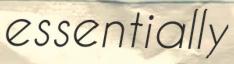
essentially